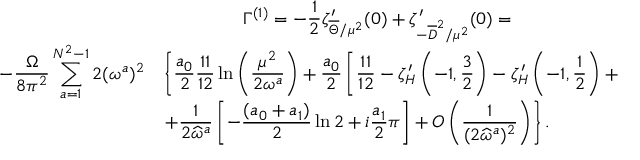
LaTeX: \begin{array} { c } { { \Gamma ^ { ( 1 ) } = \displaystyle - { \frac { 1 } { 2 } } \zeta _ { \overline { { { \Theta } } } / \mu ^ { 2 } } ^ { \prime } ( 0 ) + \zeta _ { - \overline { { { D } } } ^ { 2 } / \mu ^ { 2 } } ^ { \prime } ( 0 ) = } } \\ { { \begin{array} { l l } { { \displaystyle - { \frac { \Omega } { 8 \pi ^ { 2 } } } \sum _ { a = 1 } ^ { N ^ { 2 } - 1 } 2 ( \omega ^ { a } ) ^ { 2 } } } & { { \displaystyle \left\{ { \frac { a _ { 0 } } { 2 } } { \frac { 1 1 } { 1 2 } } \ln \left( \frac { \mu ^ { 2 } } { 2 \omega ^ { a } } \right) + { \frac { a _ { 0 } } { 2 } } \left[ { \frac { 1 1 } { 1 2 } } - \zeta _ { H } ^ { \prime } \left( - 1 , { \frac { 3 } { 2 } } \right) - \zeta _ { H } ^ { \prime } \left( - 1 , { \frac { 1 } { 2 } } \right) + { \frac { 1 } { 2 } } \ln \left( \frac { 1 } { 2 } \right) + i { \frac { \pi } { 2 } } \right] \right. } } \\ { { } } & { { \displaystyle \left. + { \frac { 1 } { 2 \widehat { \omega } ^ { a } } } \left[ - { \frac { ( a _ { 0 } + a _ { 1 } ) } { 2 } } \ln 2 + i { \frac { a _ { 1 } } { 2 } } \pi \right] + O \left( \frac { 1 } { ( 2 \widehat { \omega } ^ { a } ) ^ { 2 } } \right) \right\} . } } \end{array} } } \end{array}